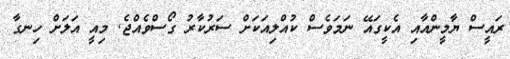
ރައީސް ޔާމީންއާއި އެކީގައޭ ނަމަވެސް ކުއްލިއަކަށް ސަރުކާރު ގޯސްވެއްޖެ